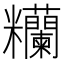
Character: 糷